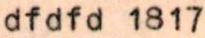
dfdfd 1817